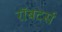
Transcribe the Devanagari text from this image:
रॉबटर्स